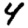
Digit: 4